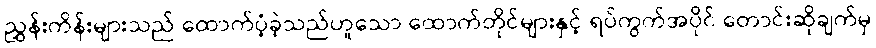
ညွှန်းကိန်းများသည် ထောက်ပံ့ခဲ့သည်ဟူသော ထောက်တိုင်များနှင့် ရပ်ကွက်အပိုင် တောင်းဆိုချက်မှ